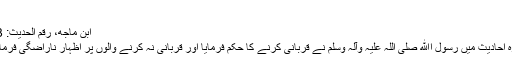
‘
ابن ماجه، رقم الحديث: 3123
مذکورہ احادیث میں رسول اﷲ صلیٰ اللہ علیہ وآلہ وسلم نے قربانی کرنے کا حکم فرمایا اور قربانی نہ کرنے والوں پر اظہار ناراضگی فرمایا ہے۔